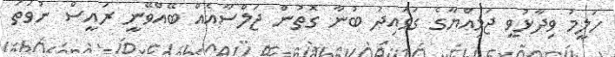
ހަލީމު ވިދާޅުވީ ޖަމިއްޔާގެ ގަވައިދު ބުނާ ގޮތުން ޖަލްސާއެއް ބޭއްވޭނީ ރައީސް ނުވަތަ